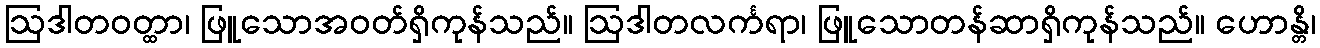
ဩဒါတဝတ္ထာ၊ ဖြူသောအဝတ်ရှိကုန်သည်။ ဩဒါတလင်္ကရာ၊ ဖြူသောတန်ဆာရှိကုန်သည်။ ဟောန္တိ၊